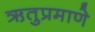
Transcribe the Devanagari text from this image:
ऋतुप्रमाणे